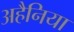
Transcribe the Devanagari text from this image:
अहैनिया